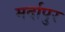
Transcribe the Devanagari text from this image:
मर्दापुर